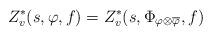
LaTeX: \begin{align*}Z^*_v(s,\varphi,f) = Z^*_v(s,\Phi_{\varphi \otimes \overline{\varphi}},f)\end{align*}